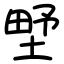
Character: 㙒